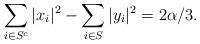
LaTeX: \begin{align*} \sum_{i \in S^c} |x_i|^2 - \sum_{i \in S} |y_i|^2 = 2 \alpha / 3. \end{align*}